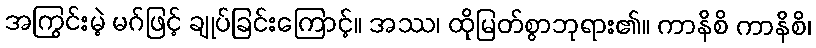
အကြွင်းမဲ့ မဂ်ဖြင့် ချုပ်ခြင်းကြောင့်။ အဿ၊ ထိုမြတ်စွာဘုရား၏။ ကာနိစိ ကာနိစိ၊